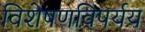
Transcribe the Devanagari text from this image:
विशेषणविपर्यय